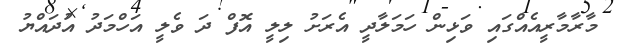
މާރާމާރީއެއްގައި ވަޅިން ހަމަލާދީ އެރަށު ލިލީ އޮފް ދަ ވެލީ އަހްމަދު އުދައްޔު